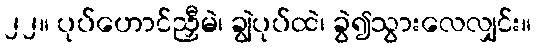
၂၂။ ပုပ်ဟောင်ညှီမဲ၊ ချွဲပုပ်ထဲ၊ ခွဲ၍သွားလေလျှင်း။